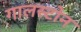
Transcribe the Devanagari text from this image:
गालस्टोन